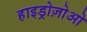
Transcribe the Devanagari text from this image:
हाइड्रोज़ोओ